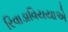
રિવાડાવિયયાએ